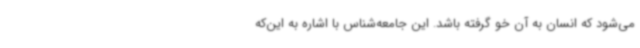
می‌شود که انسان به آن خو گرفته باشد. این جامعه‌شناس با اشاره به این‌که